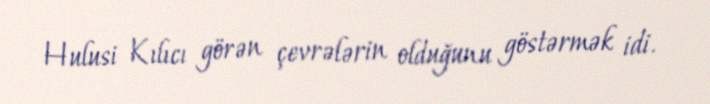
Hulusi Kılıcı görən çevrələrin olduğunu göstərmək idi.